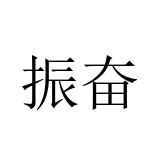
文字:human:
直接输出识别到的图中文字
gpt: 振奋